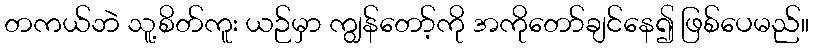
တကယ်ဘဲ သူ့စိတ်ကူး ယဉ်မှာ ကျွန်တော့်ကို အကိုတော်ချင်နေ၍ ဖြစ်ပေမည်။